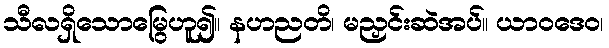
သီလရှိသောမြွေဟူ၍။ နဟညတိ၊ မညှင်းဆဲအပ်။ ယာဝဒေဝ၊